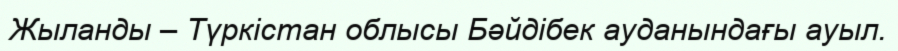
Жыланды – Түркістан облысы Бәйдібек ауданындағы ауыл.